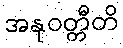
အနုဝတ္တီတိ